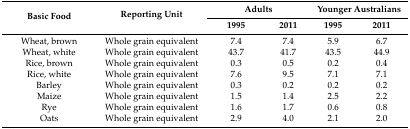
| <ROWSPAN=2> Basic Food | <ROWSPAN=2> Reporting Unit | <COLSPAN=2> Adults | <COLSPAN=2> Younger Australians |
 | 1995 | 2011 | 1995 | 2011 |
 | --- | --- | --- | --- | --- | --- |
 | Wheat, brown | Whole grain equivalent | 7.4 | 7.4 | 5.9 | 6.7 |
 | Wheat, white | Whole grain equivalent | 43.7 | 41.7 | 43.5 | 44.9 |
 | Rice, brown | Whole grain equivalent | 0.3 | 0.5 | 0.2 | 0.4 |
 | Rice, white | Whole grain equivalent | 7.6 | 9.5 | 7.1 | 7.1 |
 | Barley | Whole grain equivalent | 0.3 | 0.2 | 0.2 | 0.2 |
 | Maize | Whole grain equivalent | 1.5 | 1.4 | 2.5 | 2.2 |
 | Rye | Whole grain equivalent | 1.6 | 1.7 | 0.6 | 0.8 |
 | Oats | Whole grain equivalent | 2.9 | 4.0 | 2.1 | 2.0 |